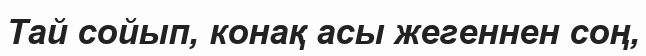
Тай сойып, конақ асы жегеннен соң,